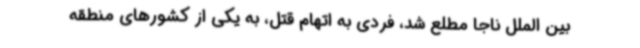
بین الملل ناجا مطلع شد، فردی به اتهام قتل، به یکی از کشورهای منطقه